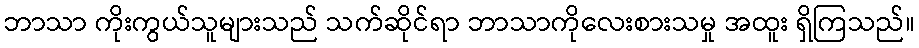
ဘာသာ ကိုးကွယ်သူများသည် သက်ဆိုင်ရာ ဘာသာကိုလေးစားသမှု အထူး ရှိကြသည်။